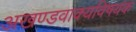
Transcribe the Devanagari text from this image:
अखण्डवाक्यविषयक